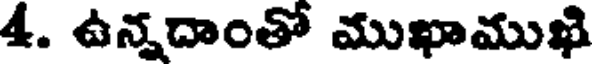
4. ఉన్నదాంతో ముఖాముఖి